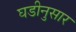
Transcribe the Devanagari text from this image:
घडीनुसार